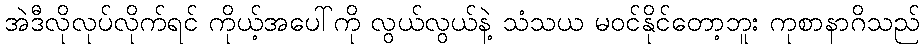
အဲဒီလိုလုပ်လိုက်ရင် ကိုယ့်အပေါ်ကို လွယ်လွယ်နဲ့ သံသယ မဝင်နိုင်တော့ဘူး ကုစာနာဂိသည်